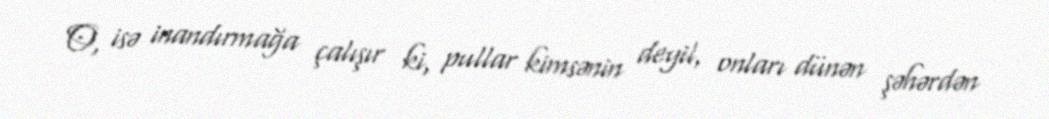
O, isə inandırmağa çalışır ki, pullar kimsənin deyil, onları dünən şəhərdən